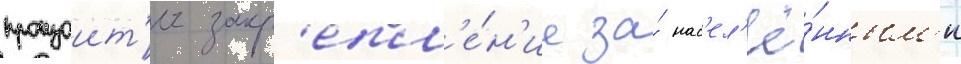
произоит'и закр'епл'е́н'ие за́ нас'ел'ё́нным'и